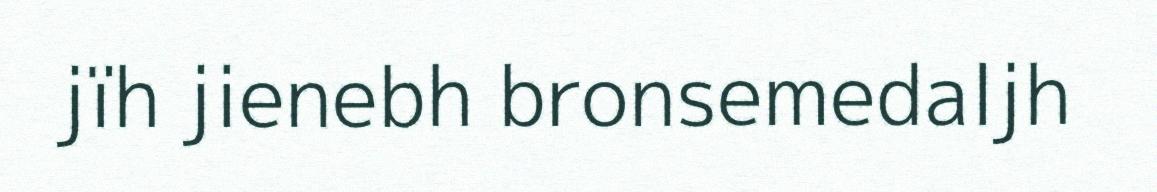
jïh jienebh bronsemedaljh